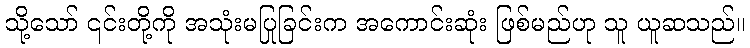
သို့သော် ၎င်းတို့ကို အသုံးမပြုခြင်းက အကောင်းဆုံး ဖြစ်မည်ဟု သူ ယူဆသည်။